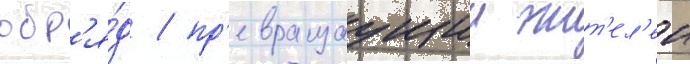
обр'я́д / пр'евращаущии жит'ел'еи